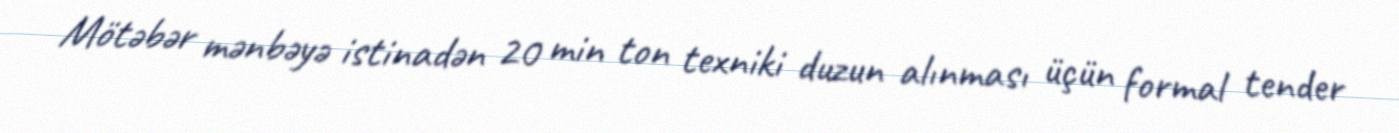
Mötəbər mənbəyə istinadən 20 min ton texniki duzun alınması üçün formal tender